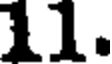
11.